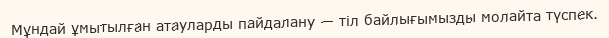
Мұндай ұмытылған атауларды пайдалану — тіл байлығымызды молайта түспек.